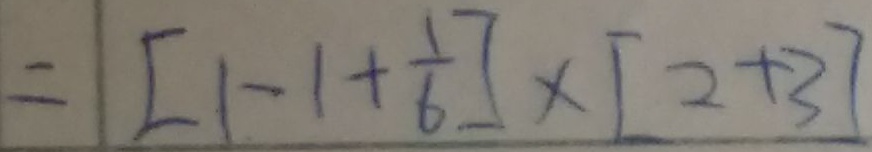
= [ 1 - 1 + \frac { 1 } { 6 } ] \times [ 2 + 3 ]